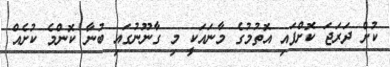
ކުށް ދަރަޖަ ކޮށްފައި އޮތުމުގެ މާނައަކީ މި ގާނޫނުގައި ބުނާ ކޮންމެ ކުށެއް